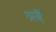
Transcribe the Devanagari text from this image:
अबैं